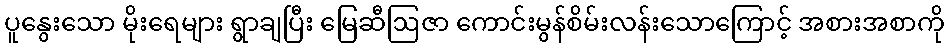
ပူနွေးသော မိုးရေများ ရွာချပြီး မြေဆီဩဇာ ကောင်းမွန်စိမ်းလန်းသောကြောင့် အစားအစာကို